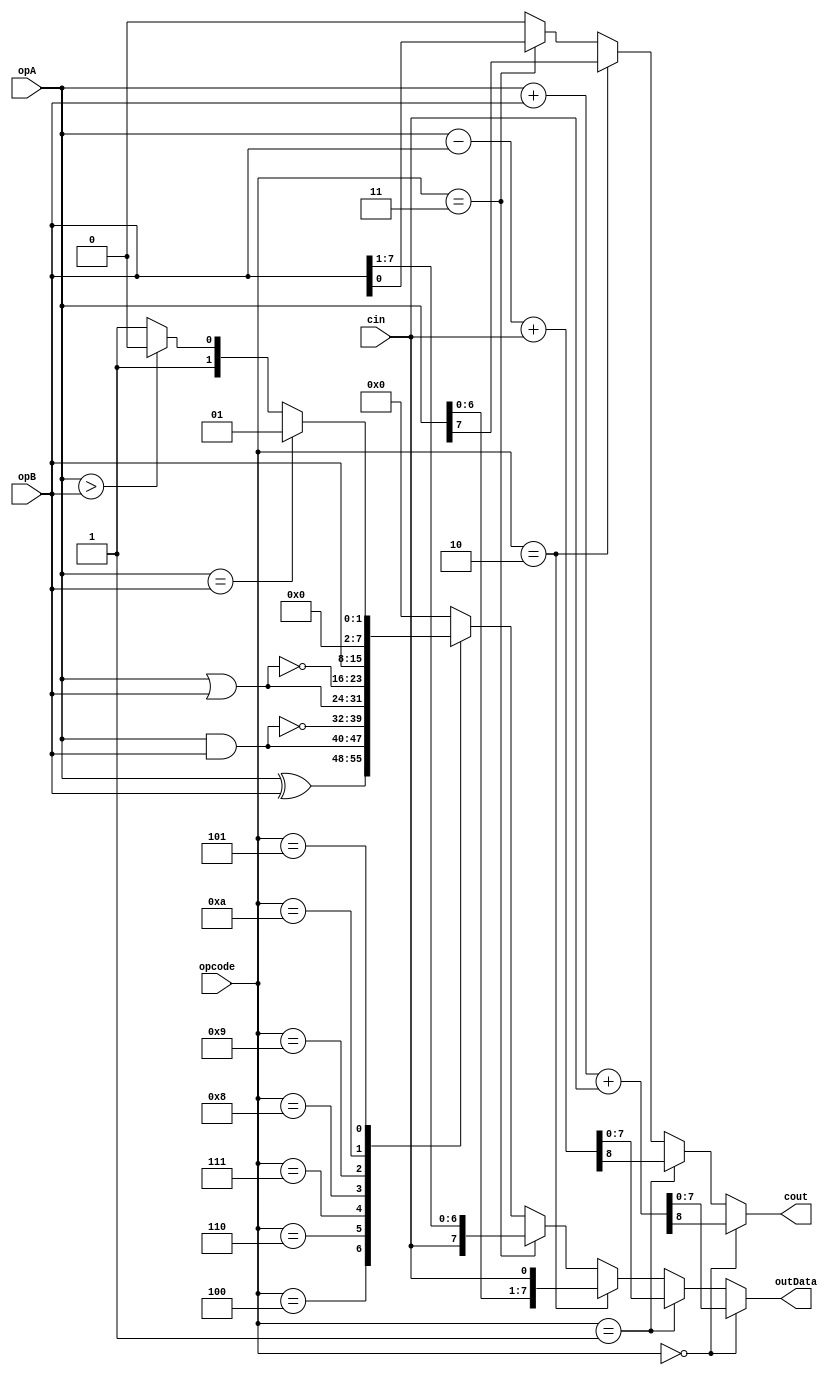
`timescale 1ns / 1ps
//////////////////////////////////////////////////////////////////////////////////
// Company: 
// Engineer: 
// 
// Design Name: 
// Module Name:    ALU_unit 
// Project Name: 
// Target Devices: 
// Tool versions: 
// Description: 
//
// Dependencies: 
//
// Revision: 
// Revision 0.01 - File Created
// Additional Comments: 
//
//////////////////////////////////////////////////////////////////////////////////
module ALU_unit(		
		input  [7:0]  opA,
		input  [7:0]  opB,
		output [7:0]  outData,
		
		input  [3:0]  opcode,
		
		input         cin,
		output        cout
    );

reg [7:0] outDataReg;
reg cout_reg;


assign  cout = cout_reg;
assign  outData = outDataReg ;

parameter ADD    = 4'h0;
parameter SUB    = 4'h1;
parameter LSHIFT = 4'h2;
parameter RSHIFT = 4'h3;
parameter XOR   =  4'h4;
parameter CMP   =  4'h5;
parameter AND    = 4'h6;
parameter NAND   = 4'h7;
parameter OR     = 4'h8;
parameter NOR    = 4'h9;
parameter CPY	  = 4'ha; //Copies value to the output (Copy to the ACCU)

always  @ ( opA, opB, cin, opcode)  
if (opcode == ADD)
	{cout_reg,outDataReg} <= opA + opB + cin;	
else if (opcode == SUB)
	{cout_reg, outDataReg} <= opA - opB + cin;
else if (opcode == LSHIFT)
	{cout_reg, outDataReg} <= {opA[7:0],cin} ;
else if (opcode == RSHIFT)
	{outDataReg, cout_reg} <= { cin, opB[7:0] };
else 
begin
	cout_reg <= 0;
	case (opcode)
		XOR:  outDataReg <= opA^opB;
		AND:  outDataReg <= opA&opB;
		NAND: outDataReg <= ~(opA&opB);
		OR:	outDataReg <= opA|opB;
		NOR:  outDataReg <= ~(opA|opB);
		CPY:  outDataReg <= opB;
		CMP: 
		begin
			if(opA == opB) outDataReg <= 8'h01;
			else if (opA>opB)outDataReg <= 8'h02;
			else outDataReg <= 8'h03;	
		end
		default:  outDataReg <= 8'h0;
	endcase 
end


endmodule